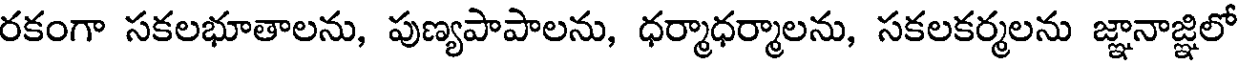
రకంగా సకలభూతాలను, పుణ్యపాపాలను, ధర్మాధర్మాలను, సకలకర్మలను జ్ఞానాజ్ఞిలో